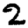
Digit: 2